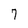
Character: 7